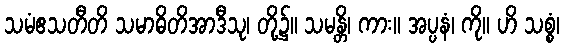
သမံဧသတီတိ သမာဓိတိအာဒီသု၊ တို့၌။ သမန္တိ၊ ကား။ အပ္ပနံ၊ ကို။ ဟိ သစ္စံ၊